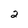
Character: 2